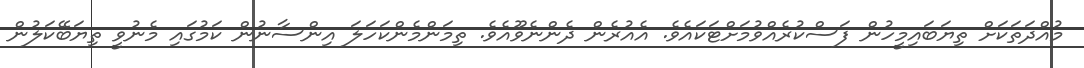
މުއްދަތަކަށް ތިޔަބައިމީހުން ފަސްކުރެއްވުމަށްޓަކައެވެ. އެއުރެން ދެންނެވޫއެވެ. ތިމަންމެންކަހަލަ އިންސާނުން ކަމުގައި މެނުވީ ތިޔަބޭކަލުން